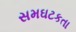
સમઘટકતા